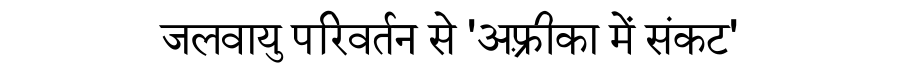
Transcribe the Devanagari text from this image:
जलवायु परिवर्तन से 'अफ़्रीका में संकट'